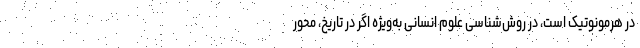
در هرمونوتیک است، در روش‌شناسی علوم انسانی به‌ویژه اگر در تاریخ، محور